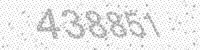
Solution: 438851